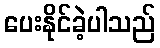
ပေးနိုင်ခဲ့ပါသည်